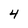
Character: 4